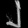
Digit: ၂